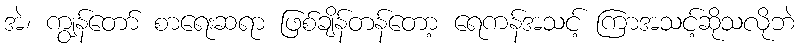
အဲ၊ ကျွန်တော် စာရေးဆရာ ဖြစ်ချိန်တန်တော့ ရေကန်အသင့် ကြာအသင့်ဆိုသလိုဘဲ